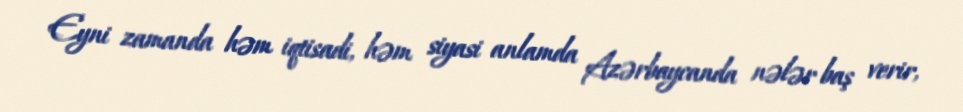
Eyni zamanda həm iqtisadi, həm siyasi anlamda Azərbaycanda nələr baş verir,